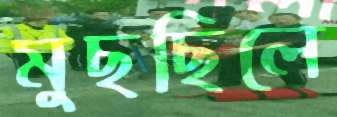
মুছছিলে